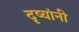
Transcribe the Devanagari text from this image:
दृष्यांनी